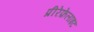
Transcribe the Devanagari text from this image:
प्रीरेफ़ेलाइट